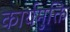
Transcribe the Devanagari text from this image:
कार्यमुक्ति